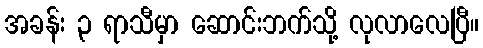
အခန်း ၃ ရာသီမှာ ဆောင်းဘက်သို့ လုလာလေပြီ။